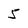
Character: 5